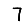
Digit: 7